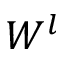
W ^ { l }